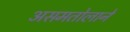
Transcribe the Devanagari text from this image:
असमतोलाने